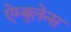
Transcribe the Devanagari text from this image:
ऐम्बुलेन्स